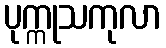
ပုက္ကုသကုလာ